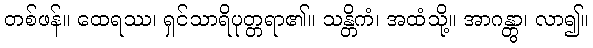
တစ်ဖန်။ ထေရဿ၊ ရှင်သာရိပုတ္တရာ၏။ သန္တိကံ၊ အထံသို့။ အာဂန္တွာ၊ လာ၍။